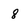
Character: 8